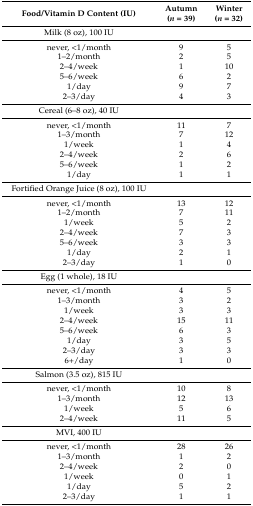
<table><thead><tr><td><b>Food/Vitamin D Content (IU)</b></td><td><b>Autumn (<i>n</i> = 39)</b></td><td><b>Winter (<i>n</i> = 32)</b></td></tr></thead><tbody><tr><td>Milk (8 oz), 100 IU</td><td></td><td></td></tr><tr><td>never, &lt;1/month</td><td>9</td><td>5</td></tr><tr><td>1–2/month</td><td>2</td><td>5</td></tr><tr><td>2–4/week</td><td>1</td><td>10</td></tr><tr><td>5–6/week</td><td>6</td><td>2</td></tr><tr><td>1/day</td><td>9</td><td>7</td></tr><tr><td>2–3/day</td><td>4</td><td>3</td></tr><tr><td>Cereal (6–8 oz), 40 IU</td><td></td><td></td></tr><tr><td>never, &lt;1/month</td><td>11</td><td>7</td></tr><tr><td>1–3/month</td><td>7</td><td>12</td></tr><tr><td>1/week</td><td>1</td><td>4</td></tr><tr><td>2–4/week</td><td>2</td><td>6</td></tr><tr><td>5–6/week</td><td>1</td><td>2</td></tr><tr><td>1/day</td><td>1</td><td>1</td></tr><tr><td>Fortified Orange Juice (8 oz), 100 IU</td><td></td><td></td></tr><tr><td>never, &lt;1/month</td><td>13</td><td>12</td></tr><tr><td>1–2/month</td><td>7</td><td>11</td></tr><tr><td>1/week</td><td>5</td><td>2</td></tr><tr><td>2–4/week</td><td>7</td><td>3</td></tr><tr><td>5–6/week</td><td>3</td><td>3</td></tr><tr><td>1/day</td><td>2</td><td>1</td></tr><tr><td>2–3/day</td><td>1</td><td>0</td></tr><tr><td>Egg (1 whole), 18 IU</td><td></td><td></td></tr><tr><td>never, &lt;1/month</td><td>4</td><td>5</td></tr><tr><td>1–3/month</td><td>3</td><td>2</td></tr><tr><td>1/week</td><td>3</td><td>3</td></tr><tr><td>2–4/week</td><td>15</td><td>11</td></tr><tr><td>5–6/week</td><td>6</td><td>3</td></tr><tr><td>1/day</td><td>3</td><td>5</td></tr><tr><td>2–3/day</td><td>3</td><td>3</td></tr><tr><td>6+/day</td><td>1</td><td>0</td></tr><tr><td>Salmon (3.5 oz), 815 IU</td><td></td><td></td></tr><tr><td>never, &lt;1/month</td><td>10</td><td>8</td></tr><tr><td>1–3/month</td><td>12</td><td>13</td></tr><tr><td>1/week</td><td>5</td><td>6</td></tr><tr><td>2–4/week</td><td>11</td><td>5</td></tr><tr><td>MVI, 400 IU</td><td></td><td></td></tr><tr><td>never, &lt;1/month</td><td>28</td><td>26</td></tr><tr><td>1–3/month</td><td>1</td><td>2</td></tr><tr><td>2–4/week</td><td>2</td><td>0</td></tr><tr><td>1/week</td><td>0</td><td>1</td></tr><tr><td>1/day</td><td>5</td><td>2</td></tr><tr><td>2–3/day</td><td>1</td><td>1</td></tr></tbody></table>